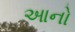
આનો